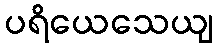
ပရိယေသေယျ